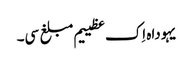
یہوداہ اِک عظییم مبلغ سی۔